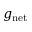
g _ { \mathrm { n e t } }